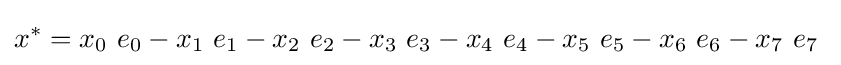
x^{*}=x_{0}\ e_{0}-x_{1}\ e_{1}-x_{2}\ e_{2}-x_{3}\ e_{3}-x_{4}\ e_{4}-x_{5}\ e_{5}-x_{6}\ e_{6}-x_{7}\ e_{7}~